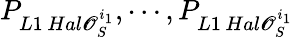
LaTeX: P_{L1\, Hal\mathscr{O}_{S}^{i_{1}}},\cdots,P_{L1\, Hal\mathscr{O}_{S}^{i_{1}}}